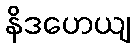
နိဒဟေယျ